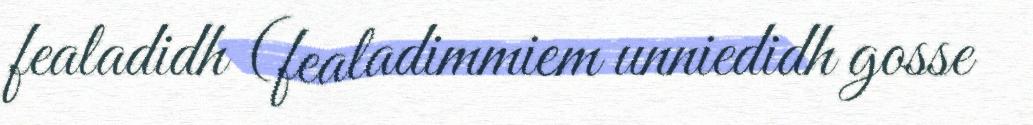
fealadidh (fealadimmiem unniedidh gosse